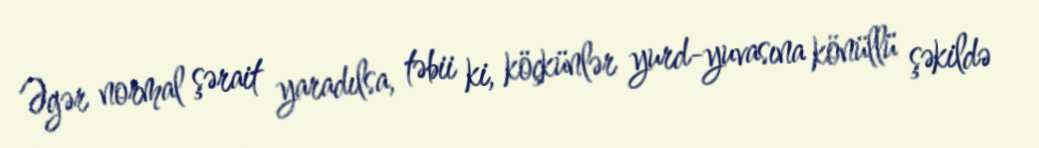
Əgər normal şərait yaradılsa, təbii ki, köçkünlər yurd-yuvasına könüllü şəkildə